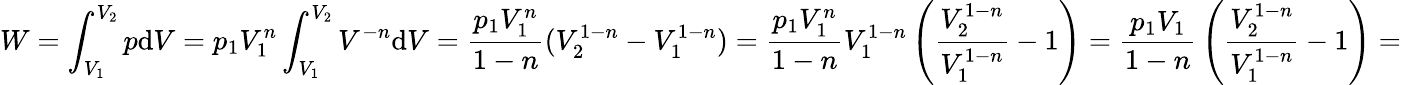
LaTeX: W=\int_{V_{1}}^{V_{2}}p\mathrm{d}V=p_{1}V_{1}^{n}\int_{V_{1}}^{V_{2}}V^{-n}\mathrm{d}V={\frac{{p_{1}V_{1}^{n}}}{{1-n}}}(V_{2}^{1-n}-V_{1}^{1-n})={\frac{{p_{1}V_{1}^{n}}}{{1-n}}}V_{1}^{1-n}\left({\frac{{V_{2}^{1-n}}}{{V_{1}^{1-n}}}}-1\right)={\frac{{p_{1}V_{1}}}{{1-n}}}\left({\frac{{V_{2}^{1-n}}}{{V_{1}^{1-n}}}}-1\right)=